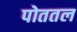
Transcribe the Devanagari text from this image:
पोततल